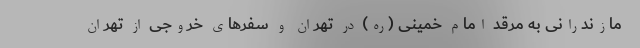
مازندرانی به مرقد امام خمینی (ره) در تهران و سفرهای خروجی از تهران